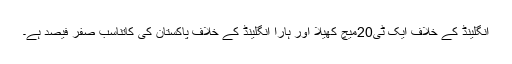
انگلینڈ کے خلاف ایک ٹی20میچ کھیلا اور ہارا انگلینڈ کے خلاف پاکستان کی کاتناسب صفر فیصد ہے۔